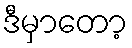
ဒီမှာတော့